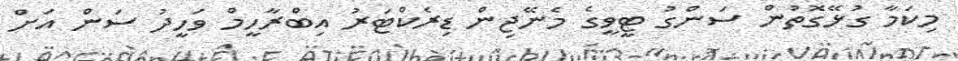
މިކަމާ ގުޅޭގޮތުން ސަންގު ޓީވީގެ މެނޭޖިން ޑިރެކްޓަރު އިބްރާހީމް ވަހީދު ސަން އަށް